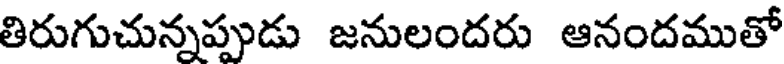
తిరుగుచున్నప్పుడు జనులందరు ఆనందముతో